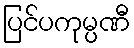
ပြင်ပကုမ္ပဏီ